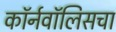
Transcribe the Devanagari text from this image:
कॉर्नवॉलिसचा